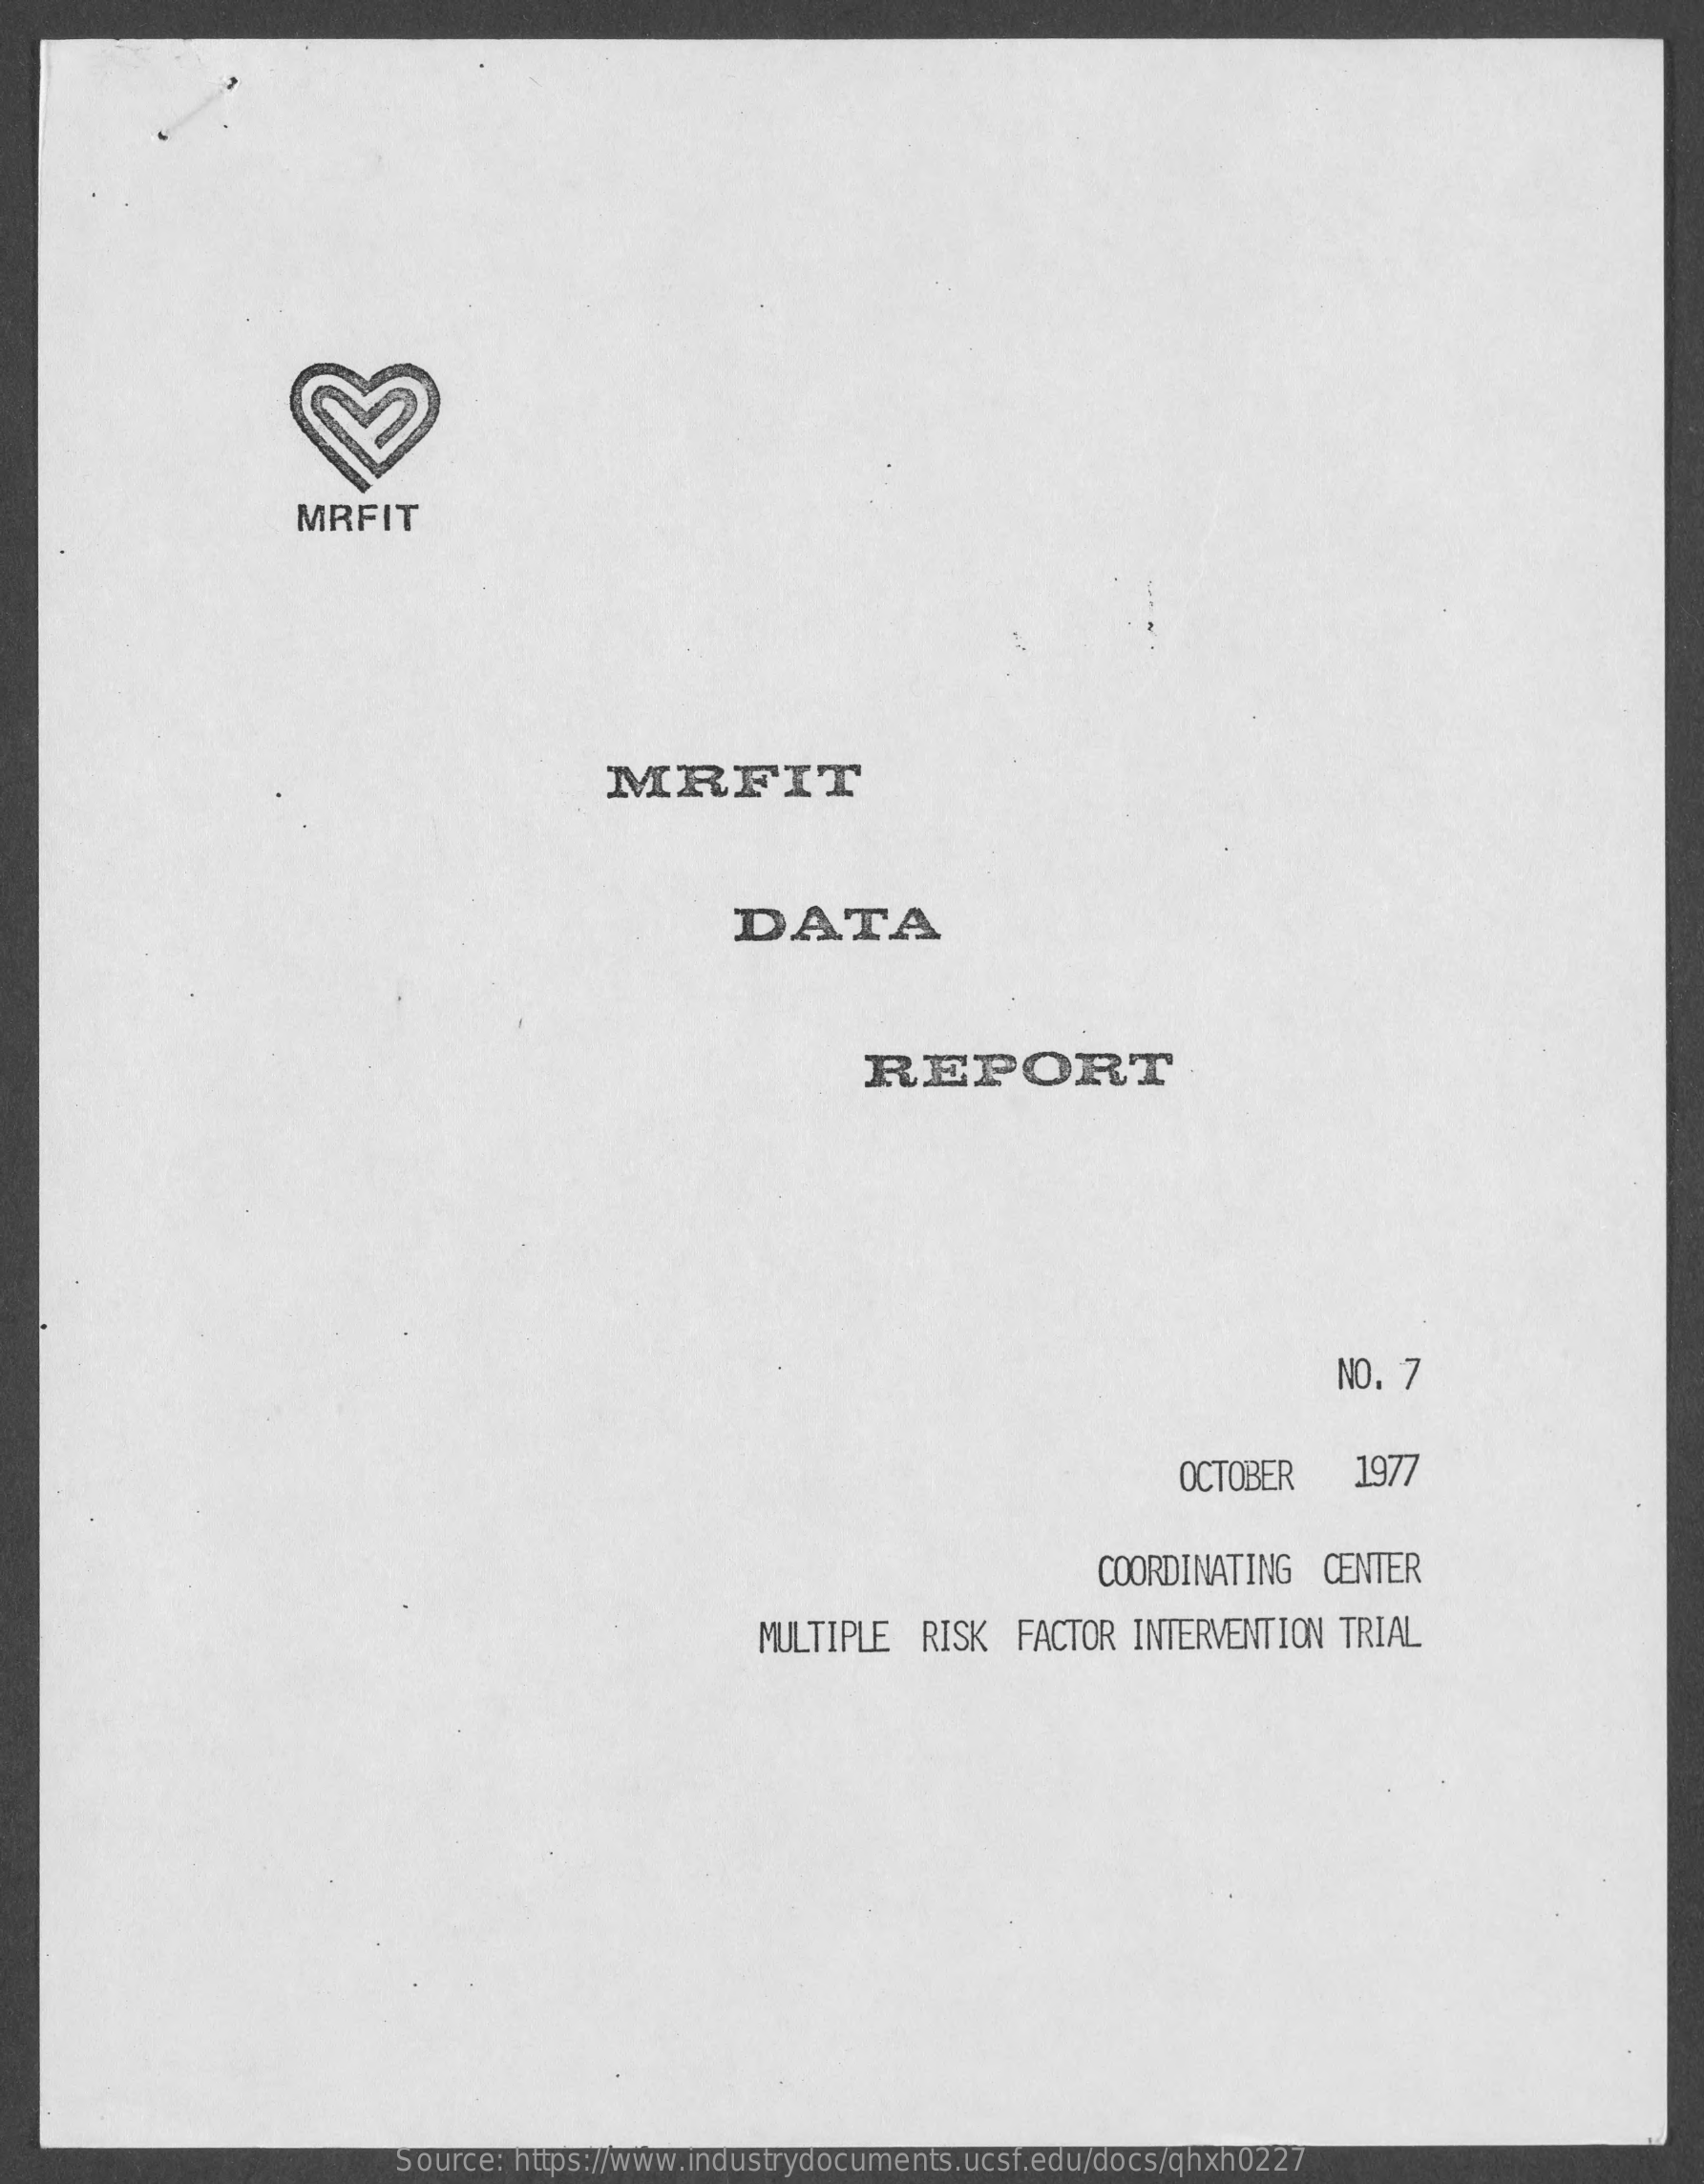
MRFIT
     MRFIT
     DATA
     REPORT
     NO. 7
     OCTOBER    1977
     COORDINATING  CENTER
     MULTIPLE   RISK  FACTOR INTERVENTION  TRIAL
     Source: https://www.industrydocuments.ucsf.edu/docs/qhxh0227